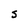
Character: S